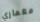
معماري